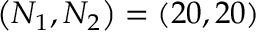
\left( N _ { 1 } , N _ { 2 } \right) = \left( 2 0 , 2 0 \right)